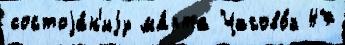
состоjа́н'иjу ма́рта Часово́й 47